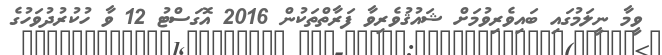
ވީމާ ނީލަމުގައި ބައިވެރިވުމަށް ޝައުޤުވެރިވާ ފަރާތްތަކުން 2016 އޮގަސްޓު 12 ވާ ހުކުރުދުވަހުގެ